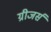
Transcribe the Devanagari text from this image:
ग्रीजर्स